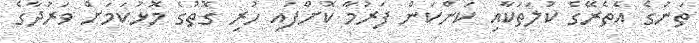
ތަނުގެ އެތެރޭގެ ކުލަތަކާއި ކަންކަން ފަރުމާ ކޮށްފައި ހުރި ގޮތުގެ މޮޅުކަމަށް ވަރުދާގެ